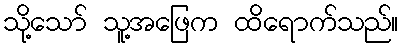
သို့သော် သူ့အဖြေက ထိရောက်သည်။